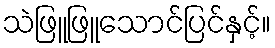
သဲဖြူဖြူသောင်ပြင်နှင့်။